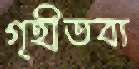
গৃহীতব্য